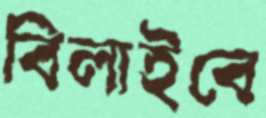
বিলাইবে